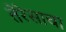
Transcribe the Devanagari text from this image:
तेरेसाचा